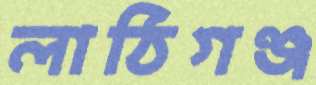
লাঠিগঞ্জ